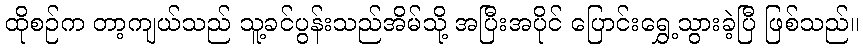
ထိုစဉ်က တာ့ကျယ်သည် သူ့ခင်ပွန်းသည်အိမ်သို့ အပြီးအပိုင် ပြောင်းရွှေ့သွားခဲ့ပြီ ဖြစ်သည်။